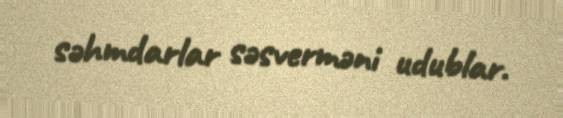
səhmdarlar səsverməni udublar.